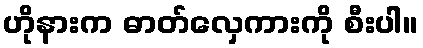
ဟိုနားက ဓာတ်လှေကားကို စီးပါ။